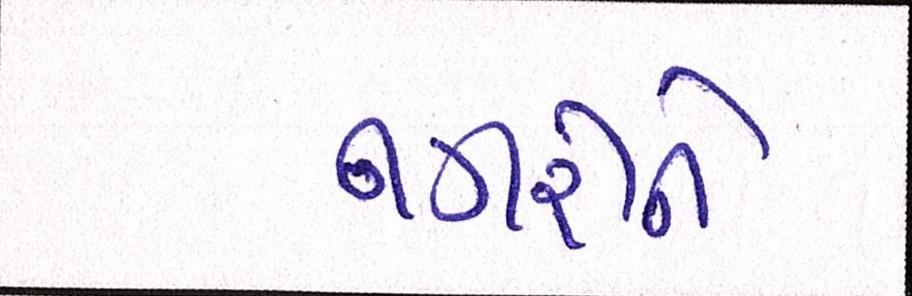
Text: નગરીને